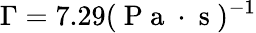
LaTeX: \Gamma=7.29(\mathrm{~P~a~}\cdot\mathrm{~s~})^{-1}